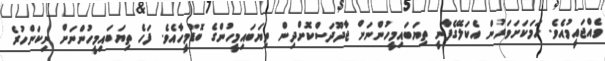
ވެއްޖައީމުއެވެ. ހަމަކަށަވަރުން އެކަލޭގެފާނީ ތިޔަބައިމީހުންނަށް ޖާދޫދަސްކޮށްދިން ތިޔަބައިމީހުންގެ ބޮޑުމީހާއެވެ. ފަހެ ތިޔަބައިމީހުންނަށް ނިކަންހުރެ